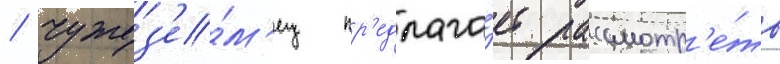
/ чужез'е́м'ец пр'едлага́ет рассмотр'е́ть